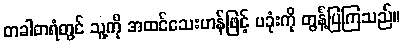
တခါတရံတွင် သူ့ကို အထင်သေးဟန်ဖြင့် ပခုံးကို တွန့်ပြကြသည်။